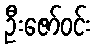
ဦးဇော်ဝင်း